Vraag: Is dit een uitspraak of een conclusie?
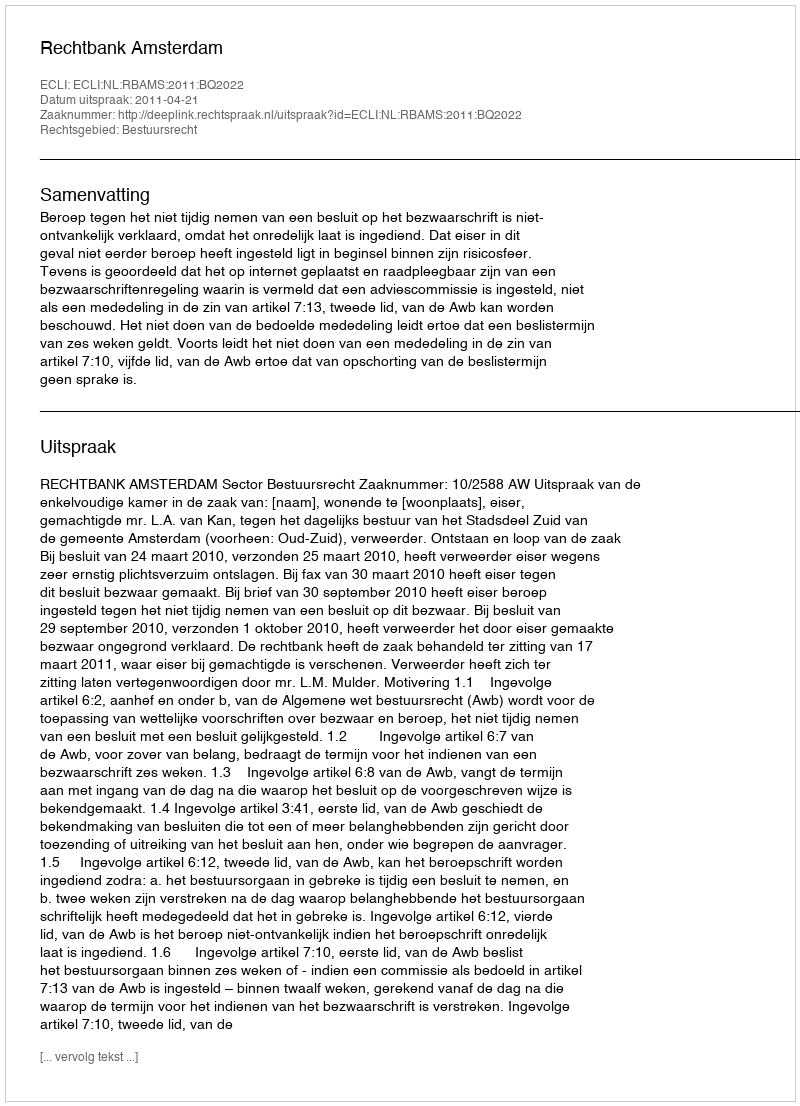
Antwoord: Uitspraak